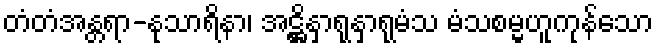
တံတံအန္တရာ-နုသာရိနာ၊ အဋ္ဌိနှာရုနှာရုမံသ မံသစမ္မဟူကုန်သော